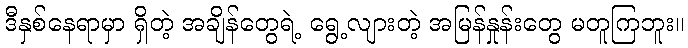
ဒီနှစ်နေရာမှာ ရှိတဲ့ အချိန်တွေရဲ့ ရွေ့လျားတဲ့ အမြန်နှုန်းတွေ မတူကြဘူး။